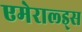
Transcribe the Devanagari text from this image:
एमेराल्ड्स